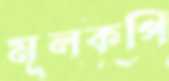
মূলকপি